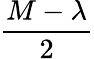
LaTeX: \frac{M-\lambda}{2}